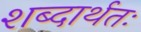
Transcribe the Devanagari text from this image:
शब्दार्थतः